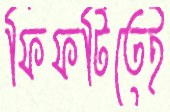
ফিফটিতেই